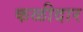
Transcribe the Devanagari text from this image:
कळीदार